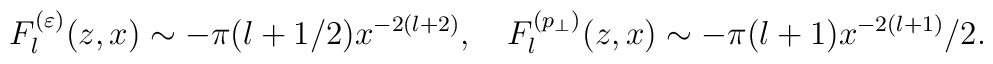
F_l^{(\varepsilon )}(z,x)\sim -\pi (l+1/2)x^{-2(l+2)},\quad F_l^{(p_\perp )}(z,x)\sim -\pi (l+1)x^{-2(l+1)}/2.